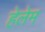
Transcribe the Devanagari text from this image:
हेलेम